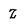
Character: Z